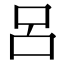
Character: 呂